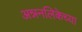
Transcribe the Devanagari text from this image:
अन्ननलिकेच्या